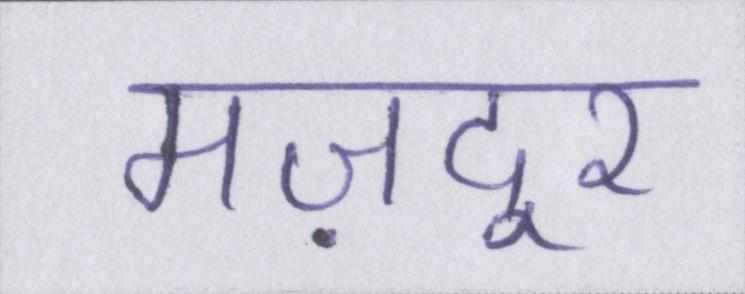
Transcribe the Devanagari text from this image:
मज़दूर